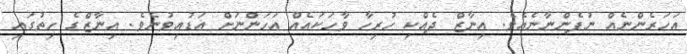
އަހަރެންނެއް ނުފެންނާނެއެވެ. އިނާޒް ދެއްކި ހުރިހާ ވާހަކައެއް އަހަންނަށް އަޑުއިވުނެވެ. އިނާޒްގެ ހިތުގައި